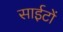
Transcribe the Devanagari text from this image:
साईटों